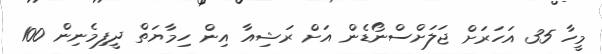
މީހާ 35 އަހަރަށް ޖަލަށްސްނޯޑެން އަށް ރަޝިއާ އިން ހިމާޔަތް ދީފިމެނިން 100